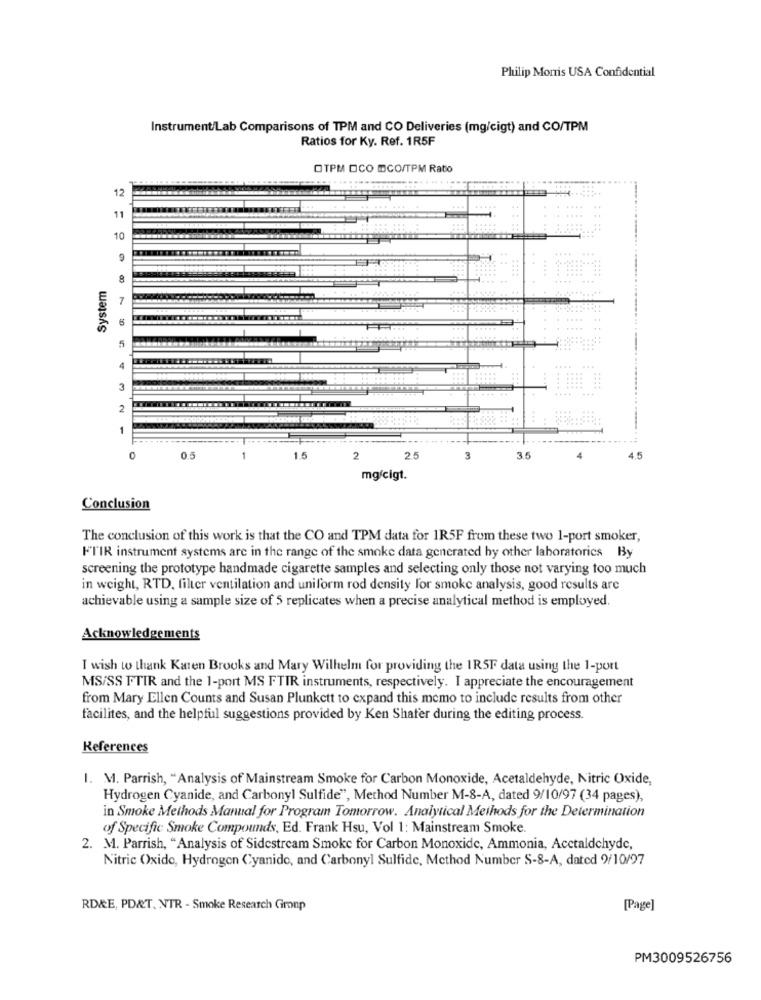
Philip Morris USA Confidential
Instrument/Lab Comparisons of TPM and CO Deliveries (mg/cigt) and CO/TPM
Ratios for Ky. Ref. 1R5F
OTPM OCO DCO/TPM Ratio
12
11
10
System
8
7
6
5
3
2
C
0.5
1.5
2
2.5
3
3.5
4.5
mg/cigt.
Conclusion
The conclusion of this work is that the CO and TPM data for 1R5F from these two 1-port smoker,
FTIR instrument systems are in the range of the smoke data generated by other laboratories By
screening the prototype handmade cigarette samples and selecting only those not varying too much
in weight, RTD, filter ventilation and uniform rod density for smoke analysis, good results are
achievable using a sample size of 5 replicates when a precise analytical method is employed.
Acknowledgements
I wish to thank Karen Brooks and Mary Wilhelm for providing the 1R5F data using the 1-port
MS/SS FTIR and the 1-port MS FTIR instruments, respectively. I appreciate the encouragement
from Mary Ellen Counts and Susan Plunkett to expand this memo to include results from other
facilites, and the helpful suggestions provided by Ken Shafer during the editing process.
References
I. M. Parrish, "Analysis of Mainstream Smoke for Carbon Monoxide, Acetaldehyde, Nitric Oxide,
Hydrogen Cyanide, and Carbonyl Sulfide", Method Number M-8-A, dated 9/10/97 (34 pages),
in Smoke Methods Manual for Program Tomorrow. Analytical Methods for the Determination
of Specific Smoke Compounds, Ed. Frank Hsu, Vol 1: Mainstream Smoke.
2. M. Parrish, "Analysis of Sidestream Smoke for Carbon Monoxide, Ammonia, Acctaldehyde,
Nitric Oxide, Hydrogen Cyanide, and Carbonyl Sulfide, Method Number S-8-A, dated 9/10/97
RDRE, PD&T. NTR - Smoke Research Group
[Page]
PM3009526756